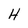
Character: H